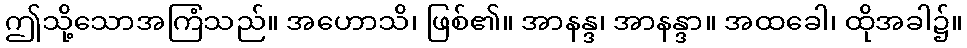
ဤသို့သောအကြံသည်။ အဟောသိ၊ ဖြစ်၏။ အာနန္ဒ၊ အာနန္ဒာ။ အထခေါ၊ ထိုအခါ၌။